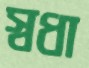
স্বধা